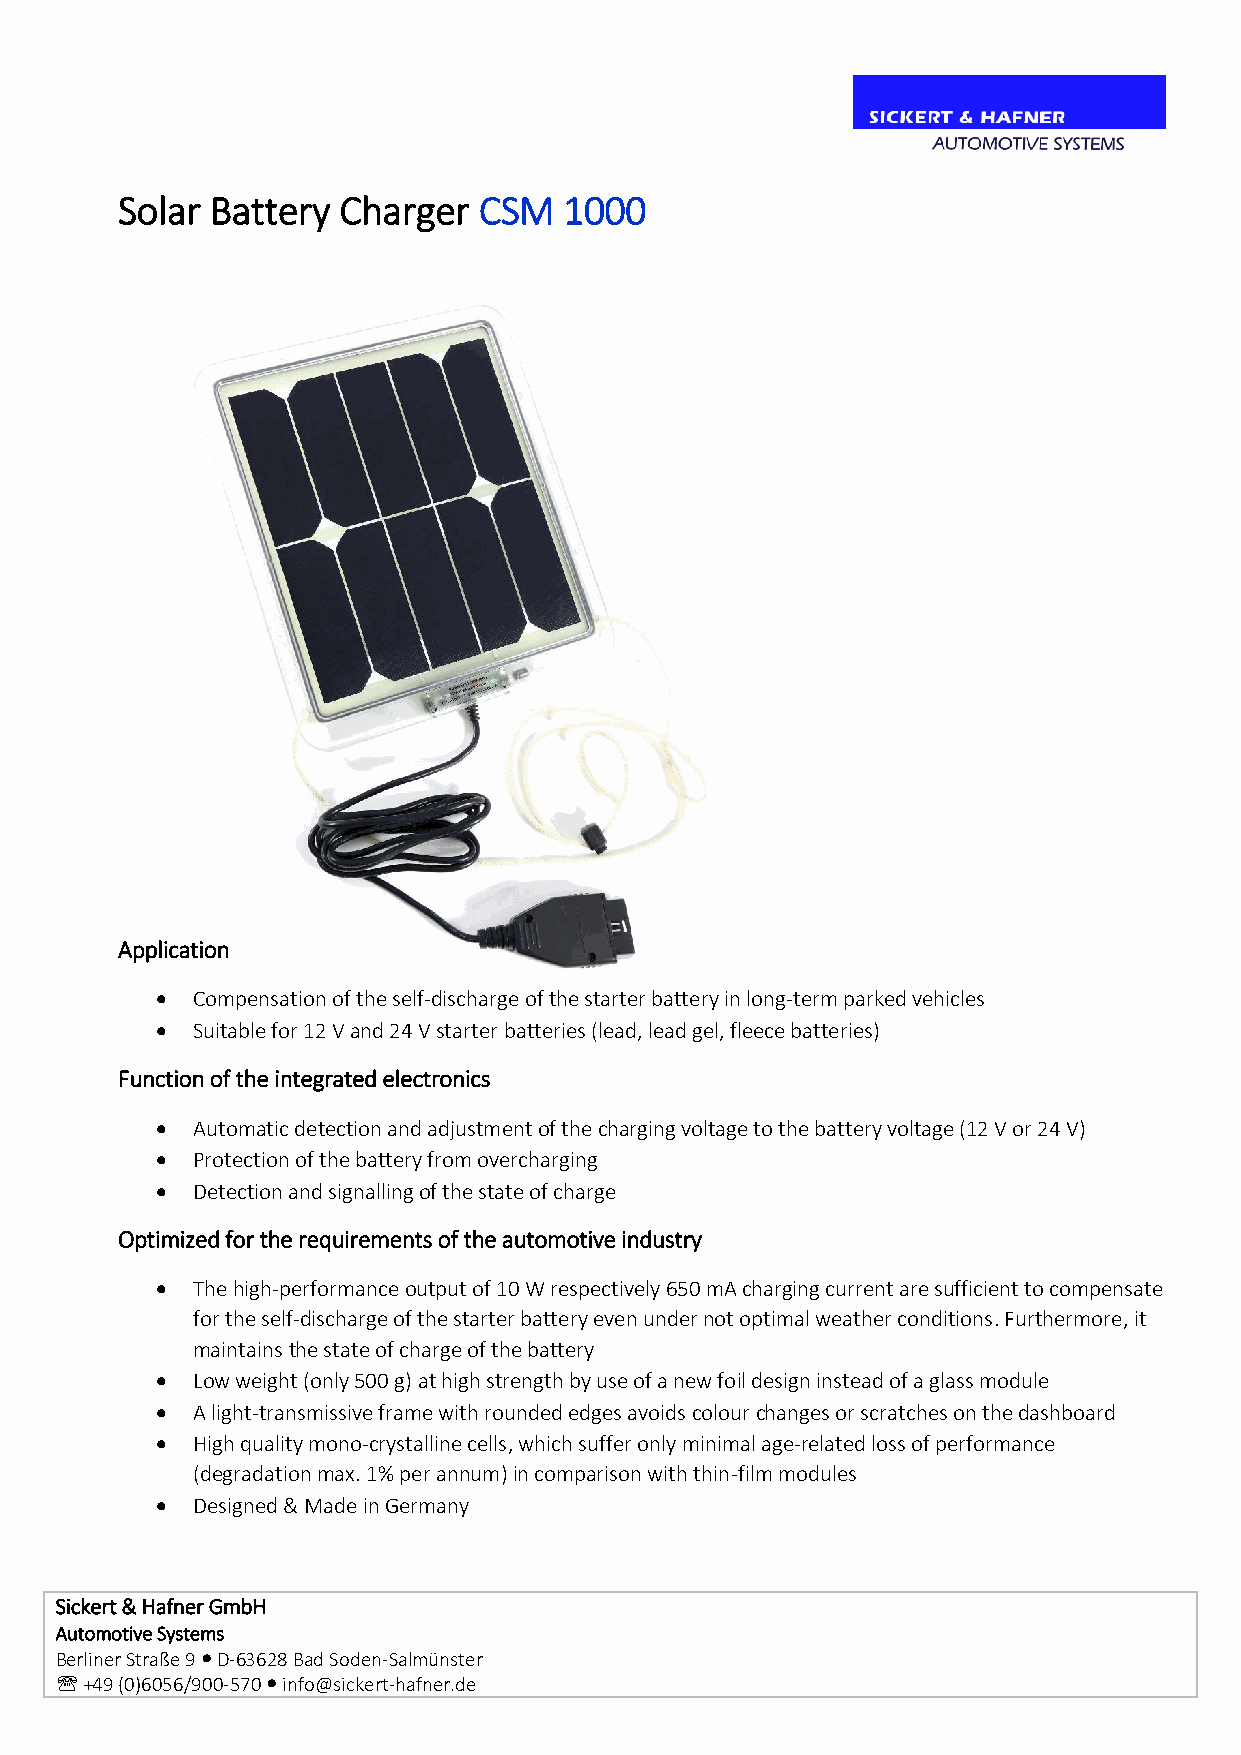
Solar Battery Charger   CSM  1000
 Application
 •  Compensation of the self-discharge of the starter battery in long-term parked vehicles
 •  Suitable for 12 V and 24 V starter batteries (lead, lead gel, fleece batteries)
 Function of the integrated electronics
 •  Automatic detection and adjustment of the charging voltage to the battery voltage (12 V or 24 V)
 •  Protection of the battery from overcharging
 •  Detection and signalling of the state of charge
 Optimized for the requirements of the automotive industry
 •  The high-performance output of 10 W respectively 650 mA charging current are sufficient to compensate
 for the self-discharge of the starter battery even under not optimal weather conditions. Furthermore, it
 maintains the state of charge of the battery
 •  Low weight (only 500 g) at high strength by use of a new foil design instead of a glass module
 •  A light-transmissive frame with rounded edges avoids colour changes or scratches on the dashboard
 •  High quality mono-crystalline cells, which suffer only minimal age-related loss of performance
 (degradation max. 1% per annum) in comparison with thin-film modules
 •  Designed & Made in Germany
 Sickert & Hafner GmbH
 Automotive Systems
 Berliner Straße 9  D-63628 Bad Soden-Salmünster
  +49 (0)6056/900-570  info@sickert-hafner.de